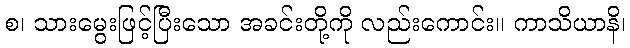
စ၊ သားမွေးဖြင့်ပြီးသော အခင်းတို့ကို လည်းကောင်း။ ကာသိယာနိ၊